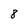
Character: 8